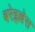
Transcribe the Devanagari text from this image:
बरेइल्लेस